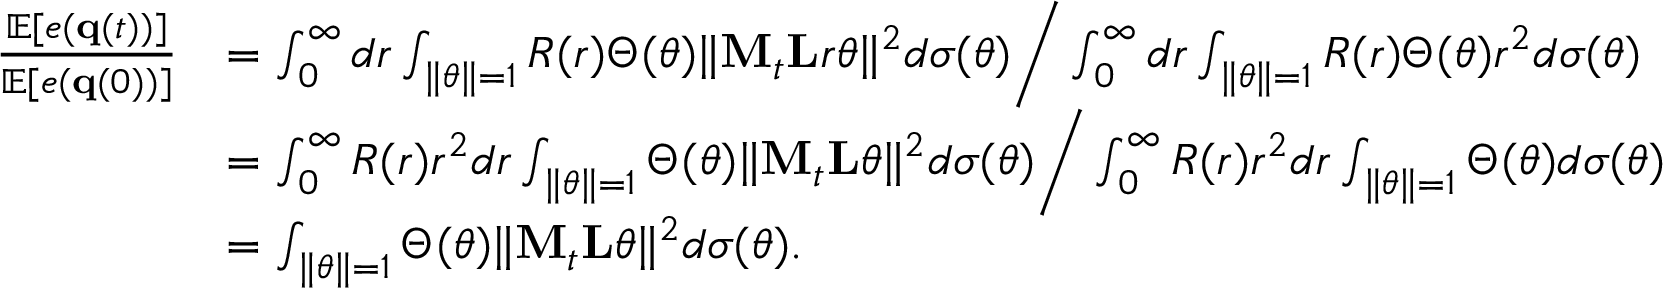
\begin{array} { r l } { \frac { \mathbb { E } [ e ( { \bf q } ( t ) ) ] } { \mathbb { E } [ e ( { \bf q } ( 0 ) ) ] } } & { = \int _ { 0 } ^ { \infty } d r \int _ { \| \boldsymbol { \theta } \| = 1 } R ( r ) \Theta ( \boldsymbol { \theta } ) \| { \bf M } _ { t } { \bf L } r \boldsymbol { \theta } \| ^ { 2 } d \sigma ( \boldsymbol { \theta } ) \bigg / \int _ { 0 } ^ { \infty } d r \int _ { \| \boldsymbol { \theta } \| = 1 } R ( r ) \Theta ( \boldsymbol { \theta } ) r ^ { 2 } d \sigma ( \boldsymbol { \theta } ) } \\ & { = \int _ { 0 } ^ { \infty } R ( r ) r ^ { 2 } d r \int _ { \| \boldsymbol { \theta } \| = 1 } \Theta ( \boldsymbol { \theta } ) \| { \bf M } _ { t } { \bf L } \boldsymbol { \theta } \| ^ { 2 } d \sigma ( \boldsymbol { \theta } ) \bigg / \int _ { 0 } ^ { \infty } R ( r ) r ^ { 2 } d r \int _ { \| \boldsymbol { \theta } \| = 1 } \Theta ( \boldsymbol { \theta } ) d \sigma ( \boldsymbol { \theta } ) } \\ & { = \int _ { \| \boldsymbol { \theta } \| = 1 } \Theta ( \boldsymbol { \theta } ) \| { \bf M } _ { t } { \bf L } \boldsymbol { \theta } \| ^ { 2 } d \sigma ( \boldsymbol { \theta } ) \mathrm { . } } \end{array}